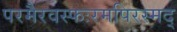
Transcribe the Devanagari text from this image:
परमैरवस्फःरमपिरस्मद्